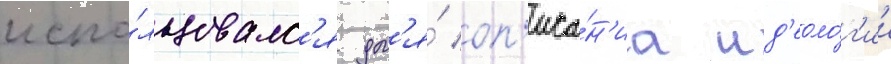
испо́льзовалс'я дл'я́ оп'иса́н'иа ид'еоло́г'ии